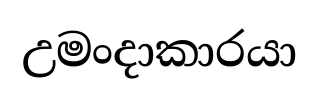
උමංදාකාරයා